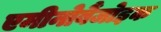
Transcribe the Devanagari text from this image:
एमीनोबैंजोइक